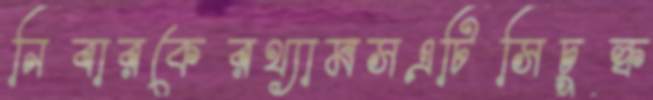
নিবারকেরথ্যামসএটিসিচুল্‌ক